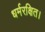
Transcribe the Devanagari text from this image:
धर्मरक्षित।